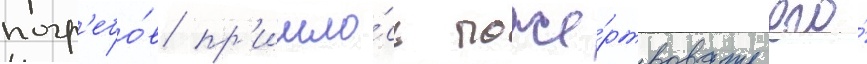
погр'ебо́в пр'ишло́сь поже́ртвовать его́